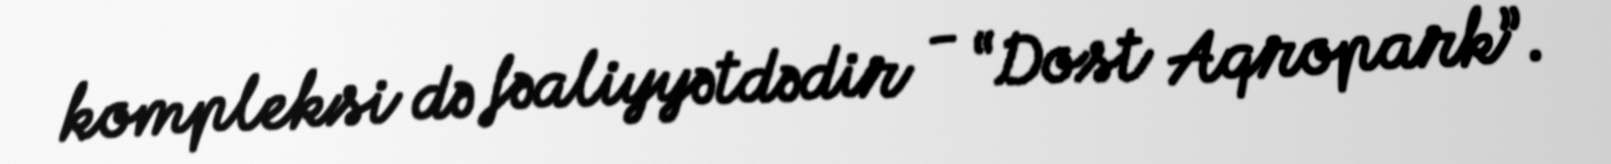
kompleksi də fəaliyyətdədir - “Dost Aqropark”.